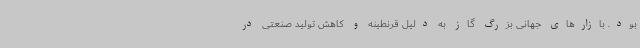
بود. بازارهای جهانی بزرگ گاز به دلیل قرنطینه و کاهش تولید صنعتی در